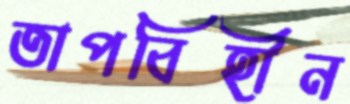
তাপবিহীন